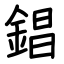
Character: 錩